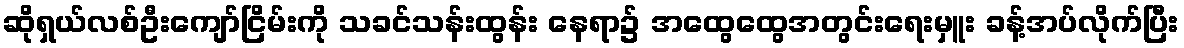
ဆိုရှယ်လစ်ဦးကျော်ငြိမ်းကို သခင်သန်းထွန်း နေရာ၌ အထွေထွေအတွင်းရေးမှူး ခန့်အပ်လိုက်ပြီး